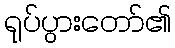
ရုပ်ပွားတော်၏